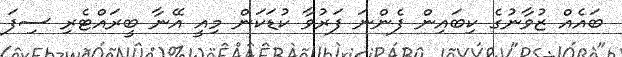
ބައެއް ޒުވާނުގެ ކިބައިން ފެންނަ ފަރުވާ ކުޑަކަން މިއީ އޭނާ ބީރައްޓެރި ސިފަ